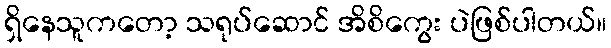
ရှိနေသူကတော့ သရုပ်ဆောင် အိစိကွေး ပဲဖြစ်ပါတယ်။